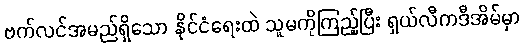
ဗက်လင်အမည်ရှိသော နိုင်ငံရေးထဲ သူမကိုကြည့်ပြီး ရှယ်လီကဒီအိမ်မှာ